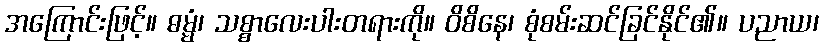
အကြောင်းဖြင့်။ ဓမ္မံ၊ သစ္စာလေးပါးတရားကို။ ဝိစိနေ၊ စုံစမ်းဆင်ခြင်နိုင်၏။ ပညာယ၊